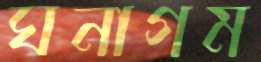
ঘনাগম